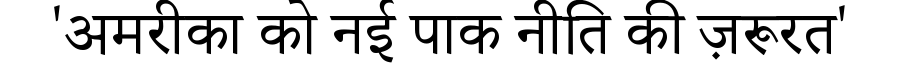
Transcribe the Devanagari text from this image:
'अमरीका को नई पाक नीति की ज़रूरत'